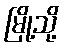
မြို့သို့